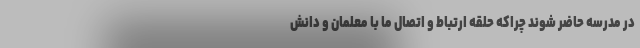
در مدرسه حاضر شوند چراکه حلقه ارتباط و اتصال ما با معلمان و دانش‌